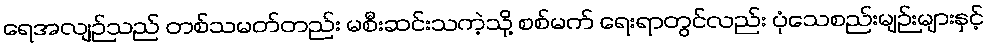
ရေအလျဉ်သည် တစ်သမတ်တည်း မစီးဆင်းသကဲ့သို့ စစ်မက် ရေးရာတွင်လည်း ပုံသေစည်းမျဉ်းများနှင့်